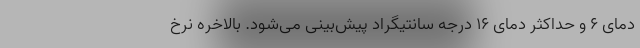
دمای ۶ و حداکثر دمای ۱۶ درجه سانتیگراد پیش‌بینی می‌شود. بالاخره نرخ